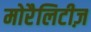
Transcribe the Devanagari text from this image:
मोरैलिटीज़